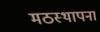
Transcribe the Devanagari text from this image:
मठस्थापना